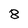
Character: 8